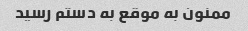
ممنون به موقع به دستم رسید